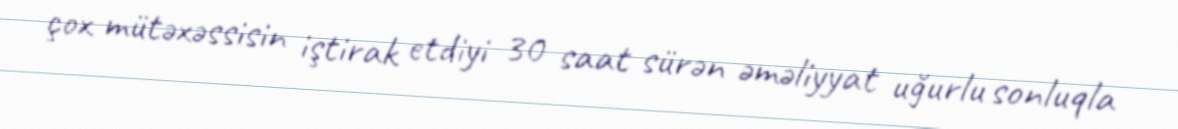
çox mütəxəssisin iştirak etdiyi 30 saat sürən əməliyyat uğurlu sonluqla